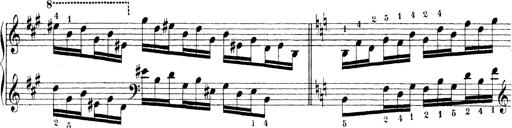
Title: Technische Studien
Composer: Franz Liszt